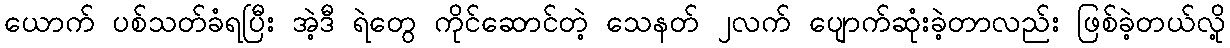
ယောက် ပစ်သတ်ခံရပြီး အဲ့ဒီ ရဲတွေ ကိုင်ဆောင်တဲ့ သေနတ် ၂လက် ပျောက်ဆုံးခဲ့တာလည်း ဖြစ်ခဲ့တယ်လို့